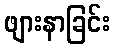
ဖျားနာခြင်း